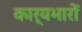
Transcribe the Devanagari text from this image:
कार्यभारों